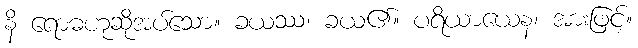
နိ ရောဓဟုဆိုအပ်သော။ ခယဿ၊ ခယ၏။ ပရိယာယေန၊ အားဖြင့်။